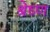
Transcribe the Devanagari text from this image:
श्रेष्‍ण